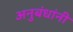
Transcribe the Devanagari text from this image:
अनुबंधांनी